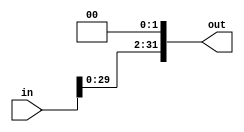
module shift_left_2(in,out);
input [31:0] in;
output reg [31:0] out;
always @(in)
begin
out<=in<<2;
end
endmodule

module tb_shift();
reg [31:0] in;
wire [31:0] out;
shift_left_2 s(in,out);
initial
begin
$monitor("in : %b,out : %b",in,out);
#5
in=32'hf0991239;
#5
in=32'hf0114321;
end
endmodule